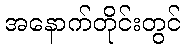
အနောက်တိုင်းတွင်